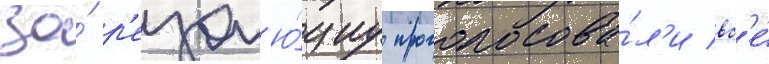
за́ р'езол'ю́циу проголосова́л'и вс'е́